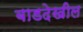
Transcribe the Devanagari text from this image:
बाडदेखील